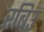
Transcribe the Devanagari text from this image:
रबिउ